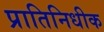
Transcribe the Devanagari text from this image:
प्रातिनिधीक